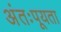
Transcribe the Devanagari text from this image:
अंतःपूयता